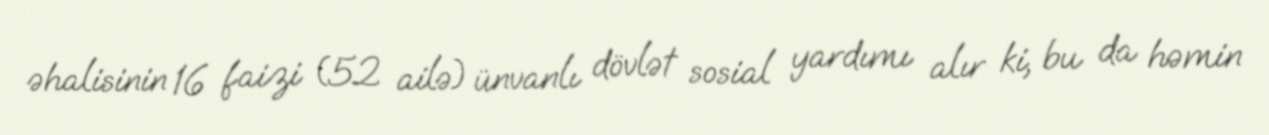
əhalisinin 16 faizi (52 ailə) ünvanlı dövlət sosial yardımı alır ki, bu da həmin